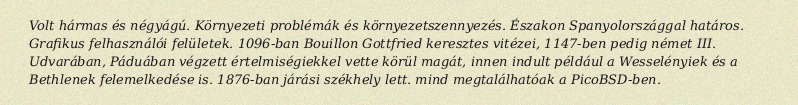
Volt hármas és négyágú. Környezeti problémák és környezetszennyezés. Északon Spanyolországgal határos. Grafikus felhasználói felületek. 1096-ban Bouillon Gottfried keresztes vitézei, 1147-ben pedig német III. Udvarában, Páduában végzett értelmiségiekkel vette körül magát, innen indult például a Wesselényiek és a Bethlenek felemelkedése is. 1876-ban járási székhely lett. mind megtalálhatóak a PicoBSD-ben.